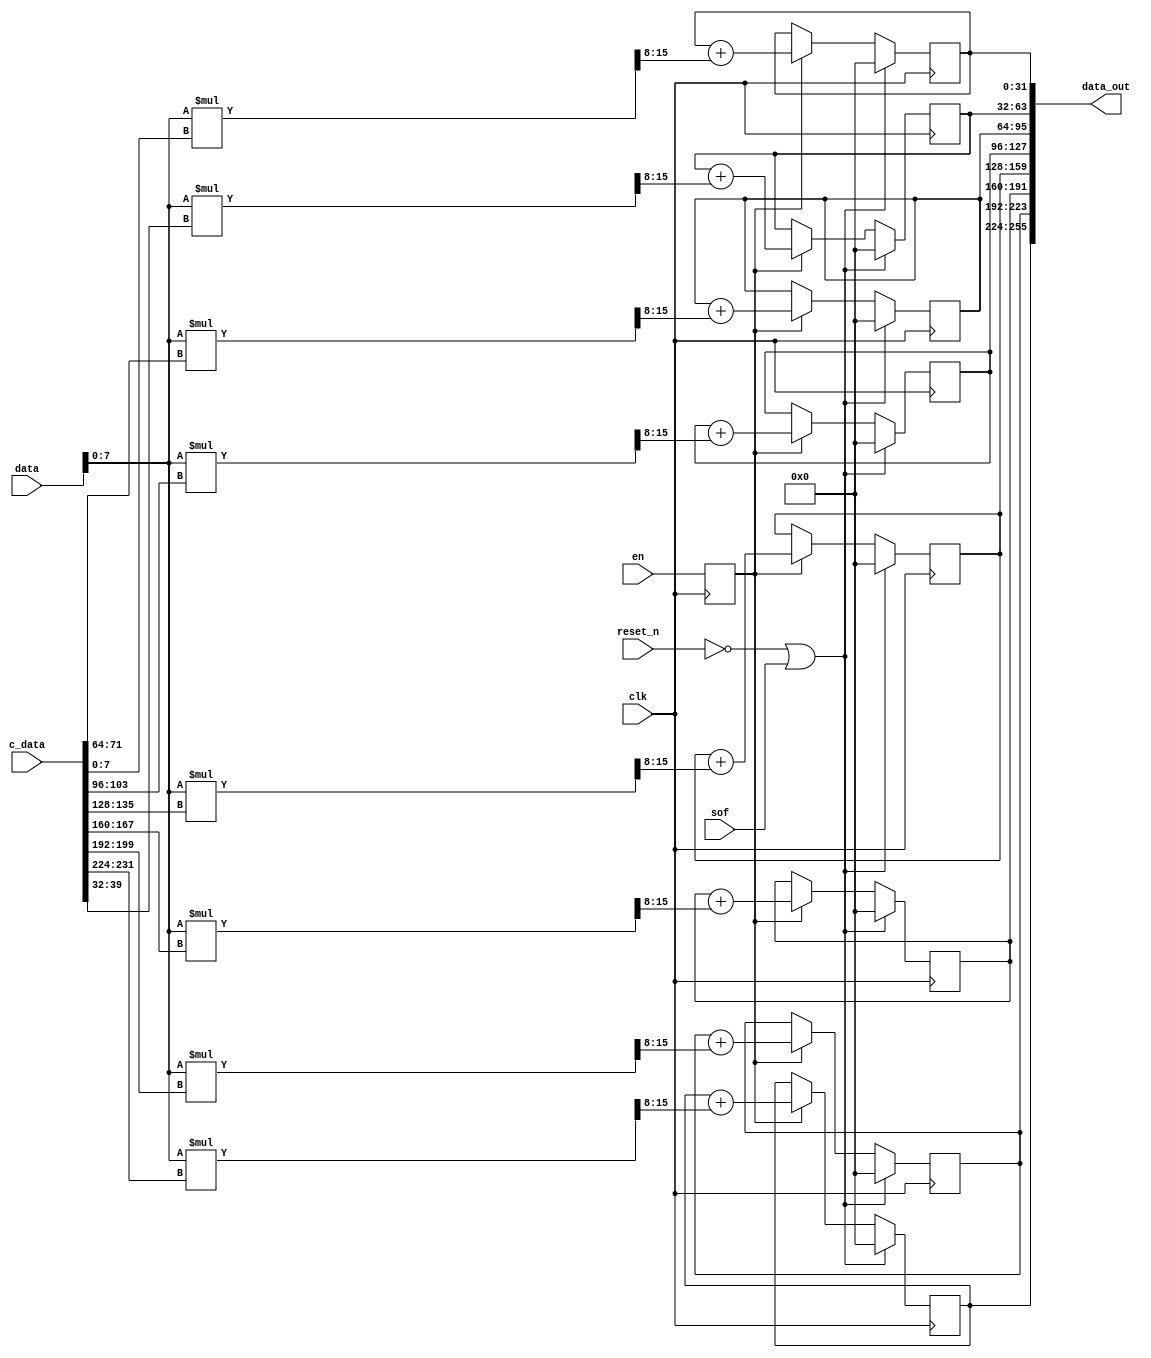
// CNN Accelerator Compute unit
// Compute each feature layer by taking DEPTH coefficients at once and
// multiplying them each by the input data value. Results of multiplication
// are then summed to produce DEPTH outputs.
// 
// By: Paul Mobbs

module cnn_compute #(parameter DWIDTH=32, HEIGHT=28, WIDTH=28, DEPTH=8) ( 
  input clk,
  input reset_n,
  
  input en,
  input sof,
  input [DWIDTH-1:0] data,
  input [(DWIDTH*DEPTH)-1:0] c_data,
  output [(DWIDTH*DEPTH)-1:0] data_out);

  reg en_d;
  // Delay enable to match data from mem
  always @ (posedge clk) begin
    en_d <= en;
  end

  // Following code implements: accum += coeff*data for each layer
  genvar i;
  generate
	for (i = 0; i < DEPTH; i = i + 1) begin : comp
	
		wire [15:0] mpy_result = data[7:0] * c_data[((i+1)*DWIDTH)-25:i*DWIDTH]; // multiply image by coeffs

		reg [DWIDTH-1:0] accum;
		always @ (posedge clk) begin
			if(reset_n == 1'b0 || sof == 1'b1)
				accum <= 0;
			else begin
				if (en_d == 1'b1)
					accum <= accum + mpy_result[15:8];
			end
		end

		assign data_out[((i+1)*DWIDTH)-1:i*DWIDTH] = accum; 

	end
  endgenerate



endmodule